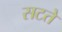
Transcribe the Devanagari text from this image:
सटते